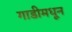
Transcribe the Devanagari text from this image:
गाडीमधून